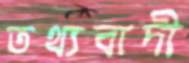
তথ্যবাদী